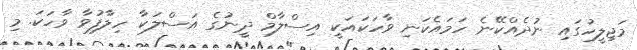
މަޖިލީހުގައި ނުދެއްކޭނެ ހަމައެކަނި ވާހަކައަކީ އިސްލާމް ދީނުގެ އަސްލަކާ ހިލާފުވާ ވާހަކަ. މި